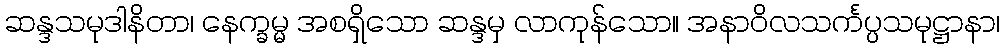
ဆန္ဒသမုဒါနိတာ၊ နေက္ခမ္မ အစရှိသော ဆန္ဒမှ လာကုန်သော။ အနာဝိလသင်္ကပ္ပသမုဋ္ဌာနာ၊